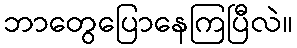
ဘာတွေပြောနေကြပြီလဲ။